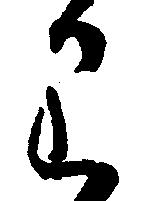
り